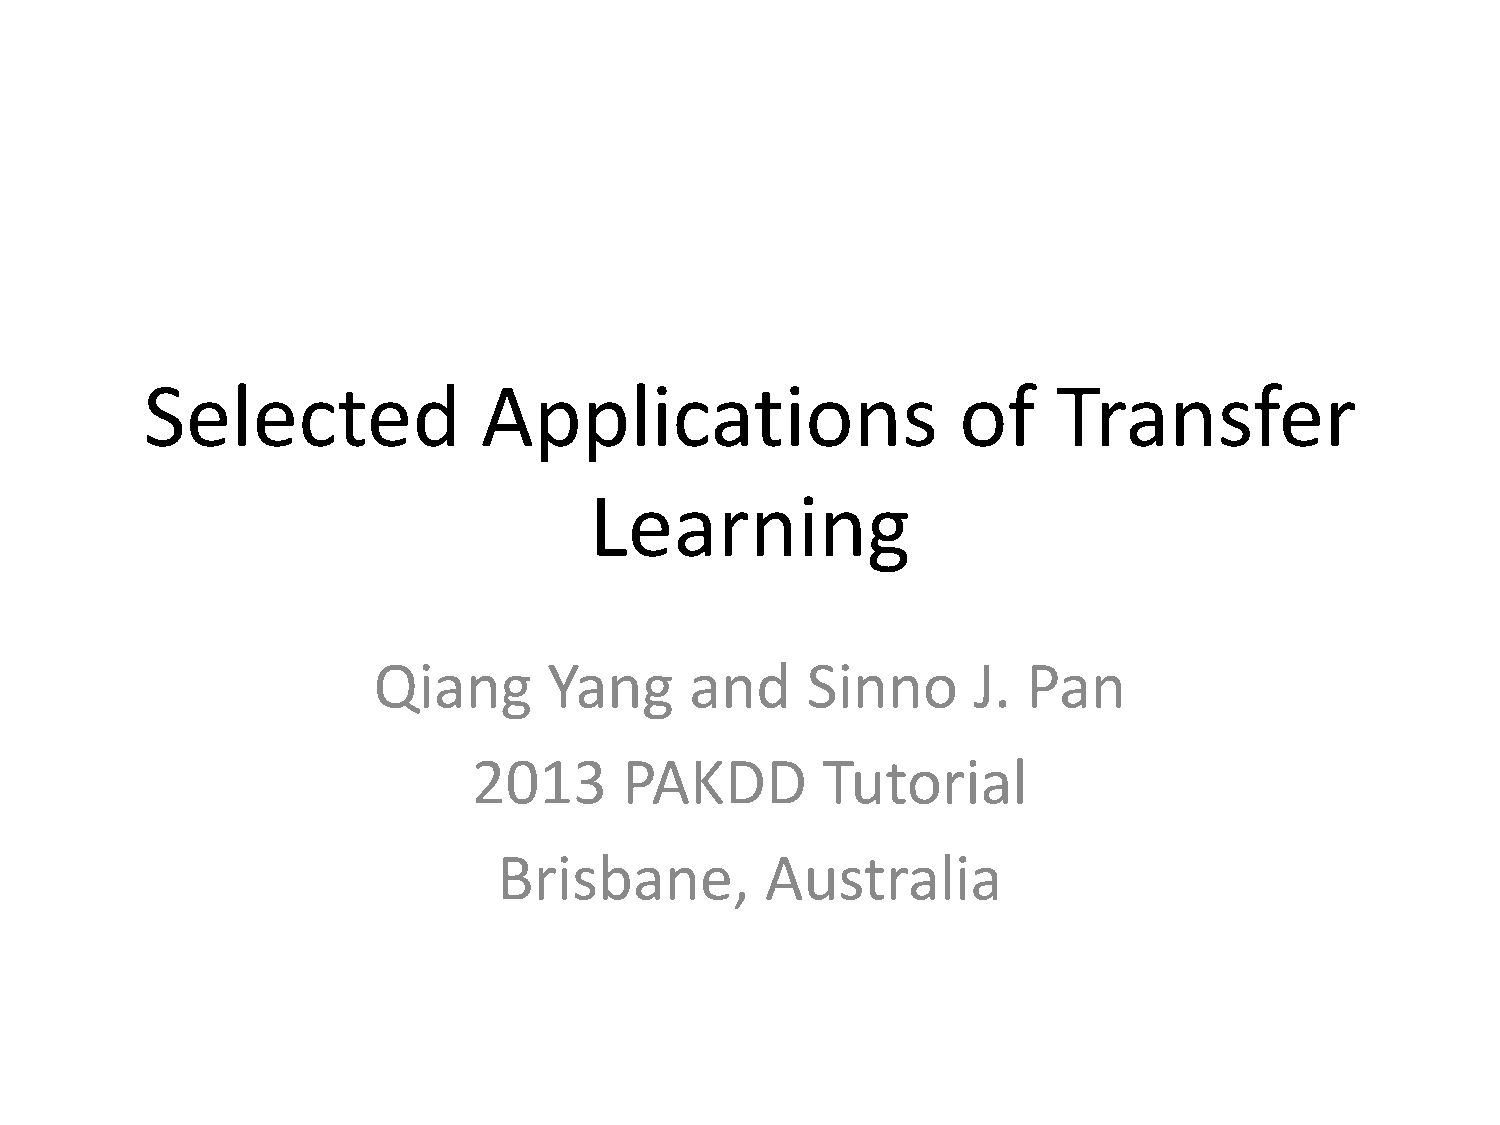
Selected              Applications                    of    Transfer
 Learning
 Qiang      Yang      and    Sinno      J.  Pan
 2013      PAKDD        Tutorial
 Brisbane,         Australia